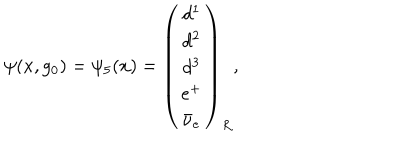
\psi ( x , g _ { 0 } ) = \psi _ { 5 } ( x ) = \left( \begin{array} { c } { { d ^ { 1 } } } \\ { { d ^ { 2 } } } \\ { { d ^ { 3 } } } \\ { { e ^ { + } } } \\ { { \bar { \nu } _ { e } } } \\ \end{array} \right) _ { R } ,